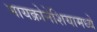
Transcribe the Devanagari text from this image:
मायक्रोनेशियामध्ये